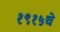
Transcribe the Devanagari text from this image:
१९१५चे